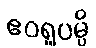
ဧဝရူပမ္ပိ